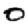
Digit: 0